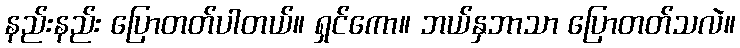
နည်းနည်း ပြောတတ်ပါတယ်။ ရှင်ကော။ ဘယ်နှဘာသာ ပြောတတ်သလဲ။